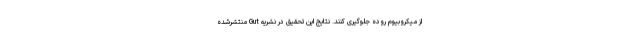
از میکروبیوم روده جلوگیری کنند. نتایج این تحقیق در نشریه Gut منتشرشده